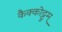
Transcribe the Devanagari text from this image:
कैक्कोट्टुम्